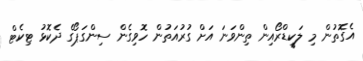
އެގޮތުން މި ލަކީޑްރޯއިން ތިންވަނަ އަށް ގުރުއަތުން ހޮވިގެން ސިންގަޕޯގެ ދެކޮޅު ޓިކެޓް